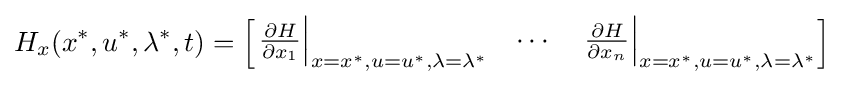
H_{x}(x^{*},u^{*},\lambda ^{*},t)={\begin{bmatrix}\left.{\frac {\partial H}{\partial x_{1}}}\right|_{x=x^{*},u=u^{*},\lambda =\lambda ^{*}}&\cdots &\left.{\frac {\partial H}{\partial x_{n}}}\right|_{x=x^{*},u=u^{*},\lambda =\lambda ^{*}}\end{bmatrix}}